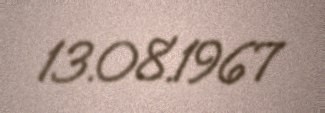
13.08.1967